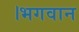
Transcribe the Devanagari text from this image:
।भगवान